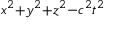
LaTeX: \scriptstyle { x ^ { 2 } + y ^ { 2 } + z ^ { 2 } - c ^ { 2 } t ^ { 2 } }